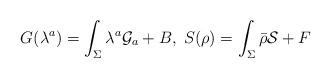
LaTeX: \begin{align*}G(\lambda^a) = \int_\Sigma \lambda^a {\cal G}_a + B , \; S(\rho) = \int_\Sigma \bar \rho {\cal S} + F \end{align*}